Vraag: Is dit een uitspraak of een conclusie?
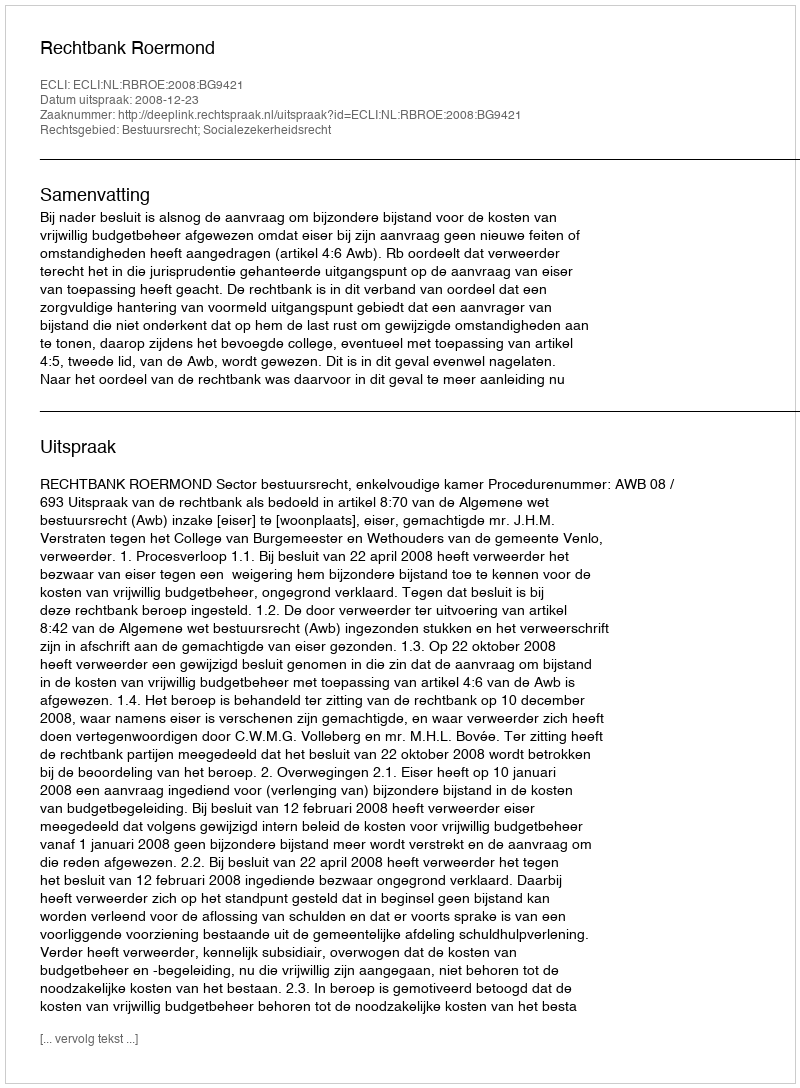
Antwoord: Uitspraak